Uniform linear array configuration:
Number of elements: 8
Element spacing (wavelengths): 0.25
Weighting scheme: hann
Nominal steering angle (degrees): -30
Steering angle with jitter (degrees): -29.772
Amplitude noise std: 0.05
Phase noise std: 0.05

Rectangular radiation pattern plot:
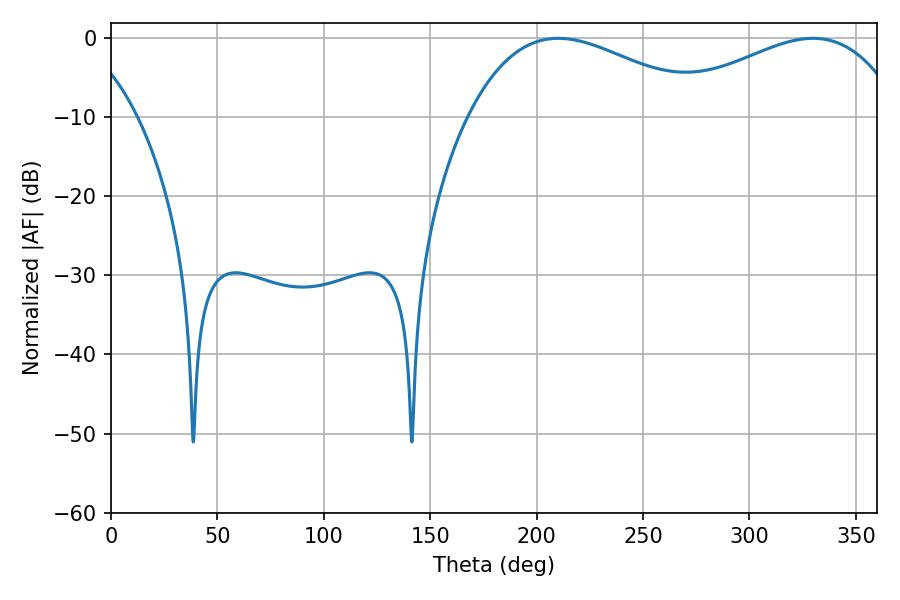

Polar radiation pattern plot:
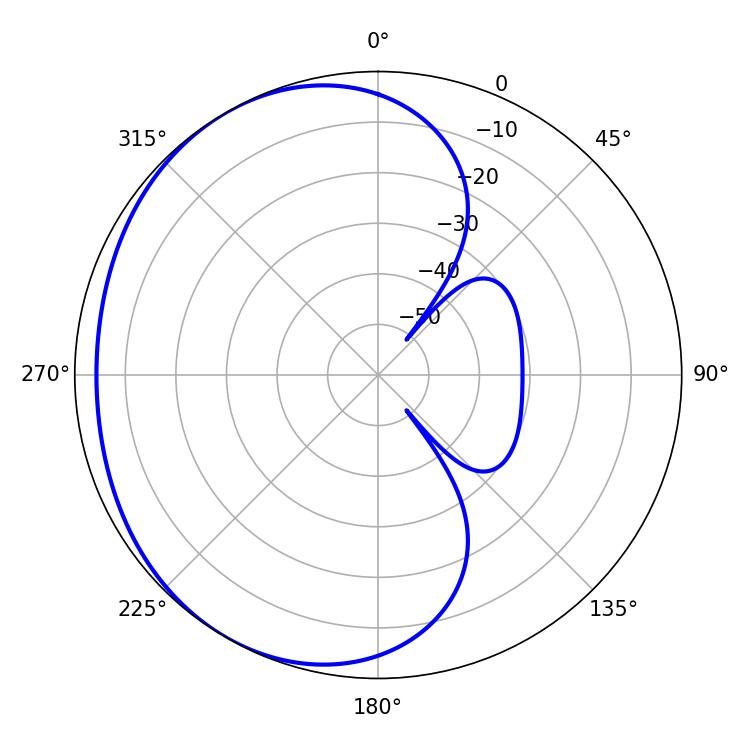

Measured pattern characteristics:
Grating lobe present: FALSE
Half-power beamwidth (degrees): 62.1
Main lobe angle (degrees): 210.24